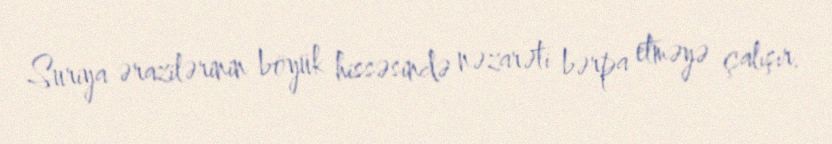
Suriya ərazilərinin böyük hissəsində nəzarəti bərpa etməyə çalışır.